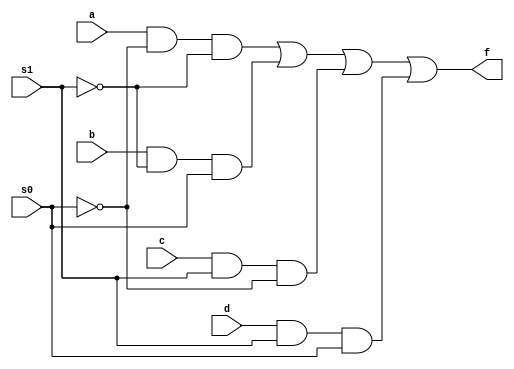
`timescale 1ns / 1ps

module mux4to1(
input a,b,c,d,s0,s1,
output f
);
    
    assign f = (a&~s0&~s1) | (b & ~s1 & s0) | (c& s1 & ~s0) | (d & s1 & s0);

             
endmodule